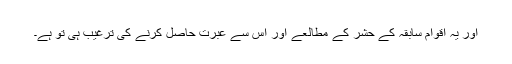
اور یہ اقوامِ سابقہ کے حشر کے مطالعے اور اس سے عبرت حاصل کرنے کی ترغیب ہی تو ہے۔